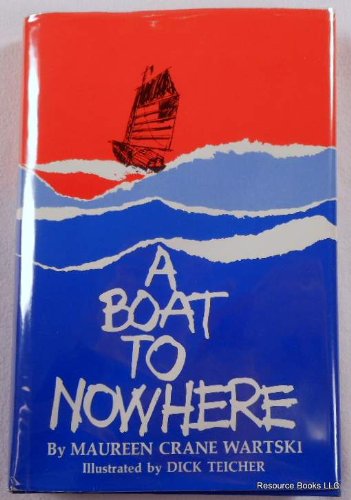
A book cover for A Boat to Nowhere; Maureen Crane Wartski; Teen & Young Adult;